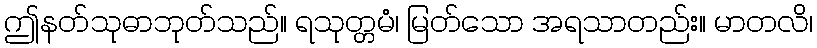
ဤနတ်သုဓာဘုတ်သည်။ ရသုတ္တမံ၊ မြတ်သော အရသာတည်း။ မာတလိ၊